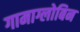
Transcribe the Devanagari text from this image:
गामाग्लोबिन